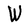
Character: W